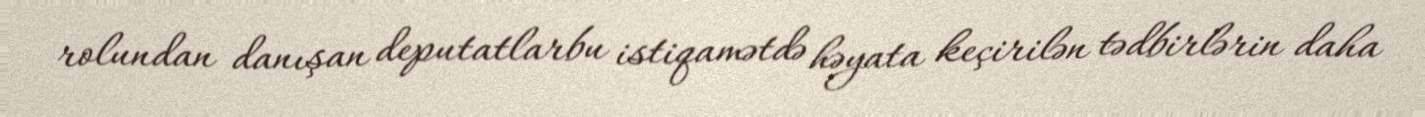
rolundan danışan deputatlarbu istiqamətdə həyata keçirilən tədbirlərin daha